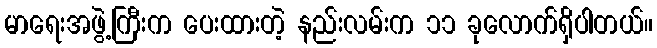
မာရေးအဖွဲ့ကြီးက ပေးထားတဲ့ နည်းလမ်းက ၁၁ ခုလောက်ရှိပါတယ်။